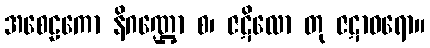
အစေဠကော နိဂဏ္ဌော စ၊ ဇဋိလော တု ဇဋာဓရော။